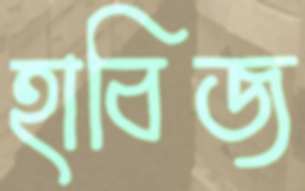
হাবিজ